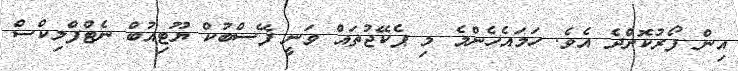
އިން ފޯރުކޮށްދެ އެވެ. ހަމައެހެންމެ މި ޕެކޭޖުތައް ވަނީ ފޭސްބުކް ޔޫޓިއުބް ނެޓްފްލިކްސް